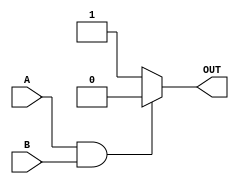
/* David Martinez Garcia
* B34019
* Escuela de Ingenieria Electrica
* Universidad de Costa Rica
* Circuitos Digitales II
*/
// 74AC110000
`timescale 1ns/100ps
module nanda(A,B,OUT);
	input A,B;
	output reg OUT;
	always @(A or B) begin

		if(A & B)

			OUT=0;

		else

			OUT=1;
	end

	specify
		/*
		specparam tPLH =7.2;
		specparam tPHL =5.8;
		*/
		specparam tPLH = 7.2;
		specparam tPHL = 5.8;
		
		(A, B *>OUT) =(tPLH, tPHL);

	endspecify
endmodule